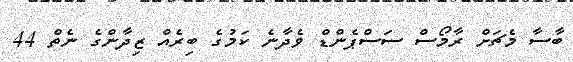
ބާސާ މެޗަށް ރާމޯސް ސަސްޕެންޑް ވެދާނެ ކަމުގެ ބިރެއް ޒިދާންގެ ނެތް 44